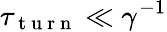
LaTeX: \tau_{\mathrm{~t~u~r~n~}}\ll\gamma^{-1}